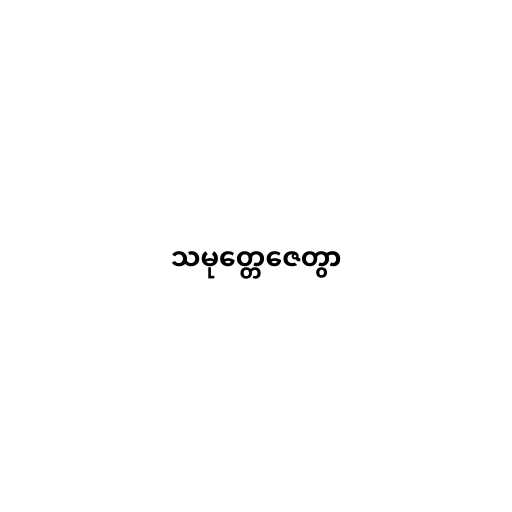
သမုတ္တေဇေတွာ